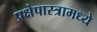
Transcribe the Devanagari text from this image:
प्रक्षेपास्त्रामध्ये